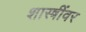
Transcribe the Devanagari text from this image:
शास्त्रींवर